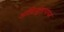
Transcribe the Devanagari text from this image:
आदिमूलानाथर